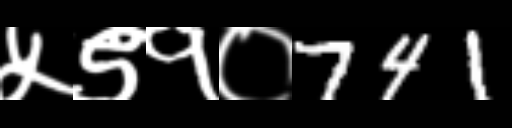
Text: ५९१०741